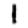
Digit: 1